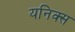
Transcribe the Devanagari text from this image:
यनिक्स